Annual report of the Prince of Wales Medical College, Patna
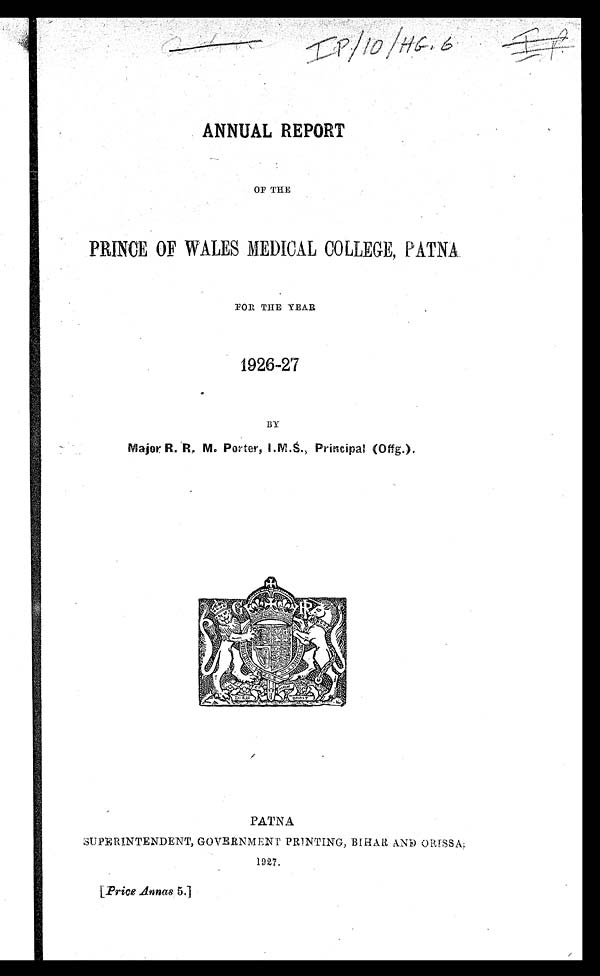
IP|10|HG.6 IP
ANNUAL REPORT
OF THE
PRINCE OF WALES MEDICAL COLLEGE, PATNA
FOR THE YEAR
1926-27
BY
Major R.R. M. Porter, I.M.S., Principal (Offg.).
PATNA
SUPERINTENDENT, GOVERNMENT PRINTING, BIHAR AND ORISSA
1927.
[Price Annas5 .